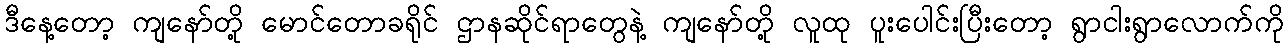
ဒီနေ့တော့ ကျနော်တို့ မောင်တောခရိုင် ဌာနဆိုင်ရာတွေနဲ့ ကျနော်တို့ လူထု ပူးပေါင်းပြီးတော့ ရွာငါးရွာလောက်ကို